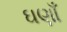
ઘણાઁ